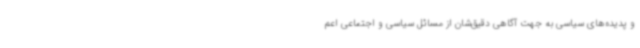
و پدیده‌های سیاسی به جهت آگاهی دقیق‌شان از مسائل سیاسی و اجتماعی اعم